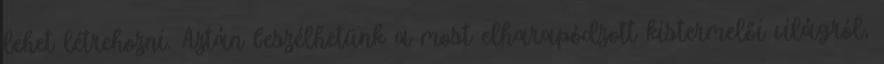
lehet létrehozni. Aztán beszélhetünk a most elharapódzott kistermelői világról,